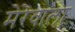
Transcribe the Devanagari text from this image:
मेरेवाला